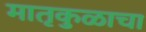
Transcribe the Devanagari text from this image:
मातृकुळाचा